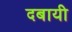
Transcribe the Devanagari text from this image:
दबायी